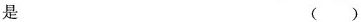
是 ()